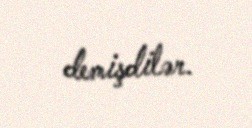
demişdilər.